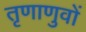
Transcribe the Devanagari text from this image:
तृणाणुवों